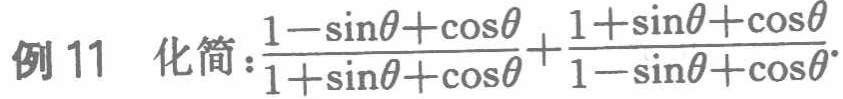
例11 化简：$\frac{1 - \sin\theta+\cos\theta}{1 + \sin\theta+\cos\theta}+\frac{1 + \sin\theta+\cos\theta}{1 - \sin\theta+\cos\theta}$